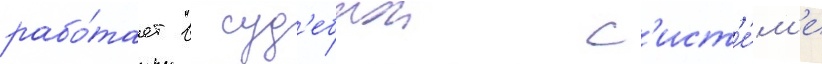
рабо́тает в суд'ебнои с'ист'е́м'е